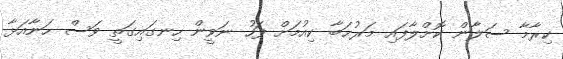
ކިރާމާ ސަލާން ކޮށްލާފައި މަރުޙަބާ ކިއުމަށް ފަހު ނަވީން ހިނގައިގަތީ ވަސް ހަނާއަޅާ